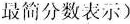
最简分数表示)